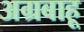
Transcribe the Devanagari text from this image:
अग्रबाहू